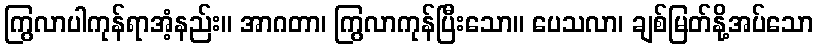
ကြွလာပါကုန်ရာအံ့နည်း။ အာဂတာ၊ ကြွလာကုန်ပြီးသော။ ပေသလာ၊ ချစ်မြတ်နို့အပ်သော